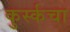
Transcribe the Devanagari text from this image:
कुर्स्कचा